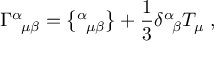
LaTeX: \Gamma ^ { \alpha } { } _ { \! \mu \beta } = \big \{ { } ^ { \alpha } { } _ { \! \mu \beta } \big \} + \frac { 1 } { 3 } \delta ^ { \alpha } { } _ { \! \beta } T _ { \mu } \; ,